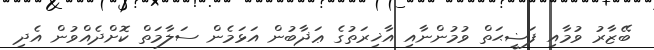
ބޭޒާރު ވުމާއި ފަޟީޙަތް ވުމުންނާއި އާޚިރަތުގެ ޢަޛާބުން އަޅަމެން ސަލާމަތް ކޮށްދެއްވުން އެދި